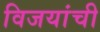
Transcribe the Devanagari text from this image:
विजयांची